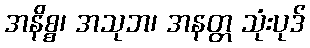
အနိစ္စ၊ အသုဘ၊ အနတ္တ သုံးပုဒ်